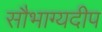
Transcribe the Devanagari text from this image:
सौभाग्यदीप